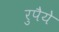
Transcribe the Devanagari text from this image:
रुपैये